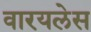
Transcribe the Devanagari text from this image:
वारयलेस